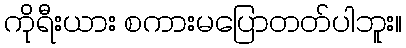
ကိုရီးယား စကားမပြောတတ်ပါဘူး။